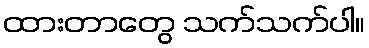
ထားတာတွေ သက်သက်ပါ။